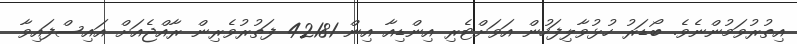
އިތުރުވަމުންނެވެ. ބޯޑަރު ހުޅުވާލިފަހުން އަވަށްޓެރި އިންޑިއާ އިން 42181 ފަތުރުވެރިން ރާއްޖެއަށް އައިސްފައިވާ